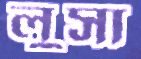
লুসা